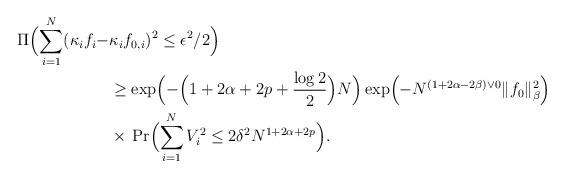
LaTeX: \begin{align*} \Pi\Bigl(\sum_{i=1}^N(\kappa_if_i-&\kappa_if_{0,i})^2 \leq \epsilon^2/2\Bigr)\\ &\geq \exp\Bigl(-\Bigl(1+2\alpha+2p+\frac{\log 2}{2}\Bigr)N\Bigr) \exp\Bigl(-N^{(1+2\alpha-2\beta)\vee 0}\|f_0\|_\beta^2\Bigr)\\ &\times{} \Pr\Bigl(\sum_{i=1}^N V_i^2 \leq 2\delta^2N^{1+2\alpha+2p}\Bigr).\end{align*}